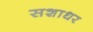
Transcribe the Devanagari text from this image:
सशाधर